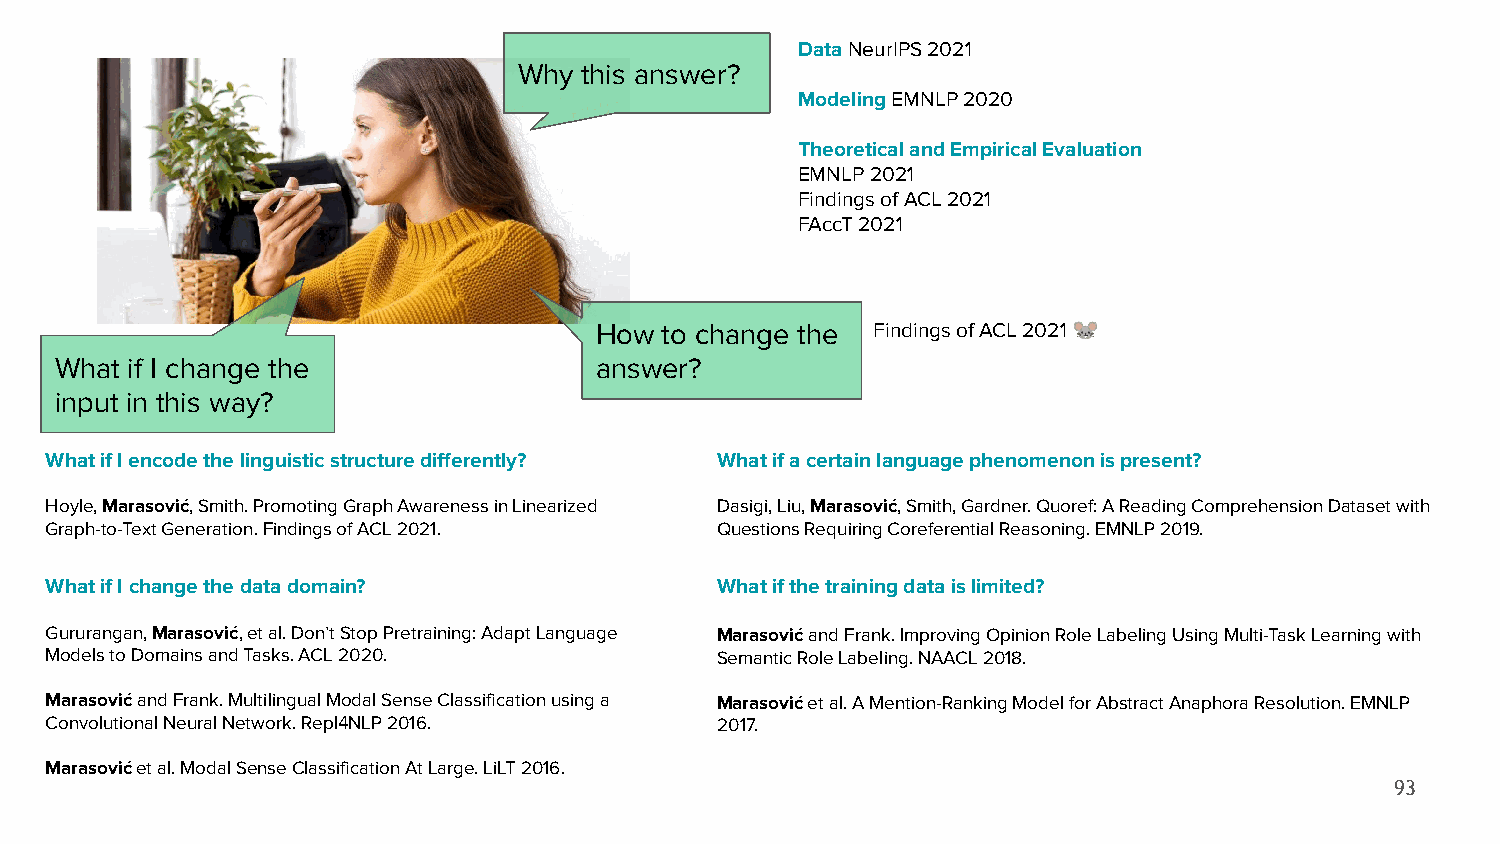
Data NeurIPS 2021
 Why  this answer?
 Modeling EMNLP 2020
 Theoretical and Empirical Evaluation
 EMNLP 2021
 Findings of ACL 2021
 FAccT 2021
 How  to change the Findings of ACL 2021 🐭
 What if I change the               answer?
 input in this way?
 What if I encode the linguistic structure differently? What if a certain language phenomenon is present?
 Hoyle, Marasović, Smith. Promoting Graph Awareness in Linearized Dasigi, Liu, Marasović, Smith, Gardner. Quoref: A Reading Comprehension Dataset with
 Graph-to-Text Generation. Findings of ACL 2021. Questions Requiring Coreferential Reasoning. EMNLP 2019.
 What if I change the data domain?           What if the training data is limited?
 Gururangan, Marasović, et al. Don’t Stop Pretraining: Adapt Language Marasović and Frank. Improving Opinion Role Labeling Using Multi-Task Learning with
 Models to Domains and Tasks. ACL 2020.      Semantic Role Labeling. NAACL 2018.
 Marasović and Frank. Multilingual Modal Sense Classification using a Marasović et al. A Mention-Ranking Model for Abstract Anaphora Resolution. EMNLP
 Convolutional Neural Network. Repl4NLP 2016. 2017.
 Marasović et al. Modal Sense Classification At Large. LiLT 2016.
 93